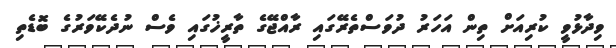
ވިދާޅުވީ ކުރިއަށް ތިން އަހަރު ދުވަސްތެރޭގައި ރާއްޖޭގެ ތާރީޚުގައި ވެސް ނުދެކޭވަރުގެ ބޮޑެތި